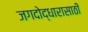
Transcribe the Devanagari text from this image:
जगदोद्धारासाठी